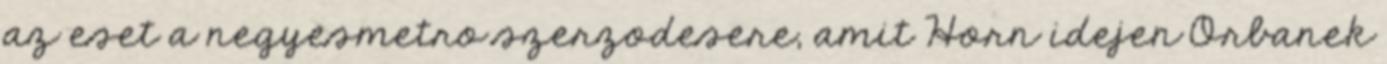
az eset a negyesmetro szerzodesere, amit Horn idejen Orbanek